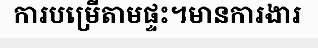
ការបម្រើតាមផ្ទះ។មានការងារ